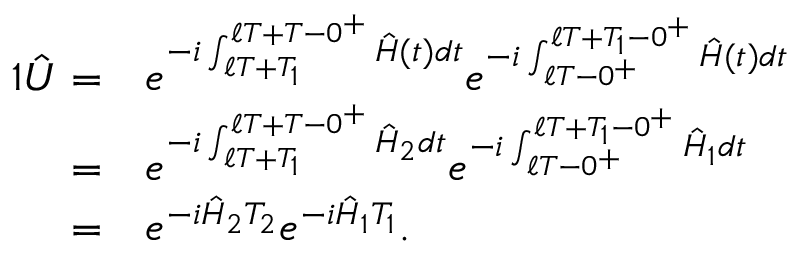
\begin{array} { r l } { { 1 } \hat { U } = } & { { } e ^ { - i \int _ { \ell T + T _ { 1 } } ^ { \ell T + T - 0 ^ { + } } \hat { H } ( t ) d t } e ^ { - i \int _ { \ell T - 0 ^ { + } } ^ { \ell T + T _ { 1 } - 0 ^ { + } } \hat { H } ( t ) d t } } \\ { = } & { { } e ^ { - i \int _ { \ell T + T _ { 1 } } ^ { \ell T + T - 0 ^ { + } } \hat { H } _ { 2 } d t } e ^ { - i \int _ { \ell T - 0 ^ { + } } ^ { \ell T + T _ { 1 } - 0 ^ { + } } \hat { H } _ { 1 } d t } } \\ { = } & { { } e ^ { - i \hat { H } _ { 2 } T _ { 2 } } e ^ { - i \hat { H } _ { 1 } T _ { 1 } } . } \end{array}